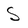
Character: S